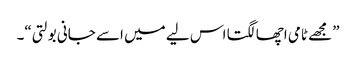
”مجھے ٹامی اچھا لگتا اس لیے میں اسے جانی بولتی“۔